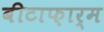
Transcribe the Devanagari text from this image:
बीटाफ़ार्म